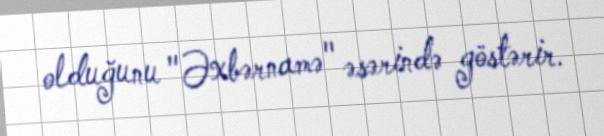
olduğunu "Əxbərnamə" əsərində göstərir.